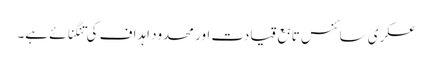
عسکری سائنس تابع قیادت اور محدود اہداف کی تنگنائے ہے۔